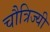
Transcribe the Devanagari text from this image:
चौत्रिज्यी